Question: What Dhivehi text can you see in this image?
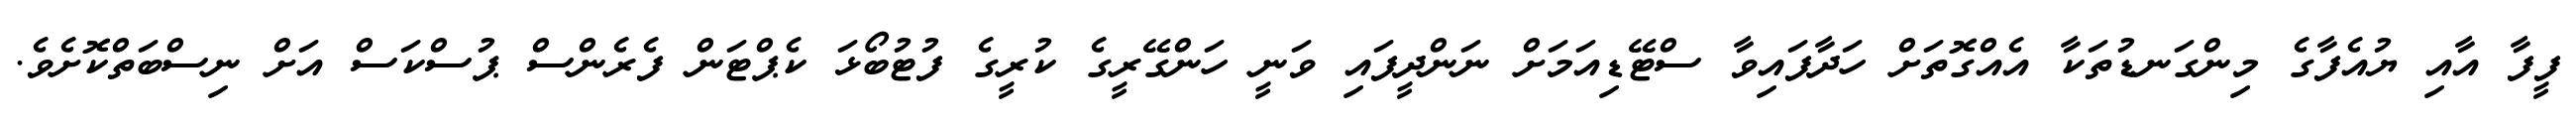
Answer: ފީފާ އާއި ޔުއެފާގެ މިންގަނޑުތަކާ އެއްގޮތަށް ހަދާފައިވާ ސްޓޭޑިއަމަށް ނަންދީފައި ވަނީ ހަންގޭރީގެ ކުރީގެ ފުޓުބޯޅަ ކެޕްޓަން ފެރެންސް ޕުސްކަސް އަށް ނިސްބަތްކޮށެވެ.